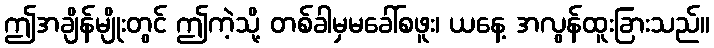
ဤအချိန်မျိုးတွင် ဤကဲ့သို့ တစ်ခါမှမခေါ်စဖူး၊ ယနေ့ အလွန်ထူးခြားသည်။